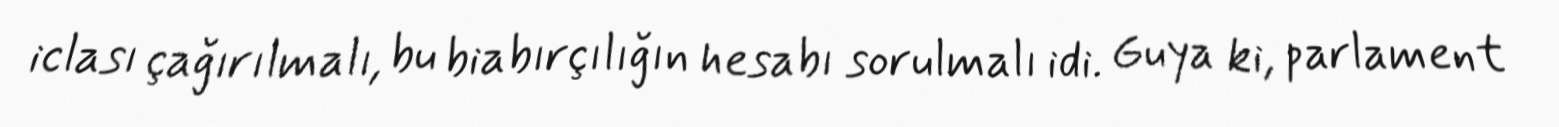
iclası çağırılmalı, bu biabırçılığın hesabı sorulmalı idi. Guya ki, parlament